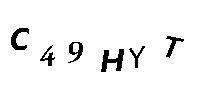
C49HYT